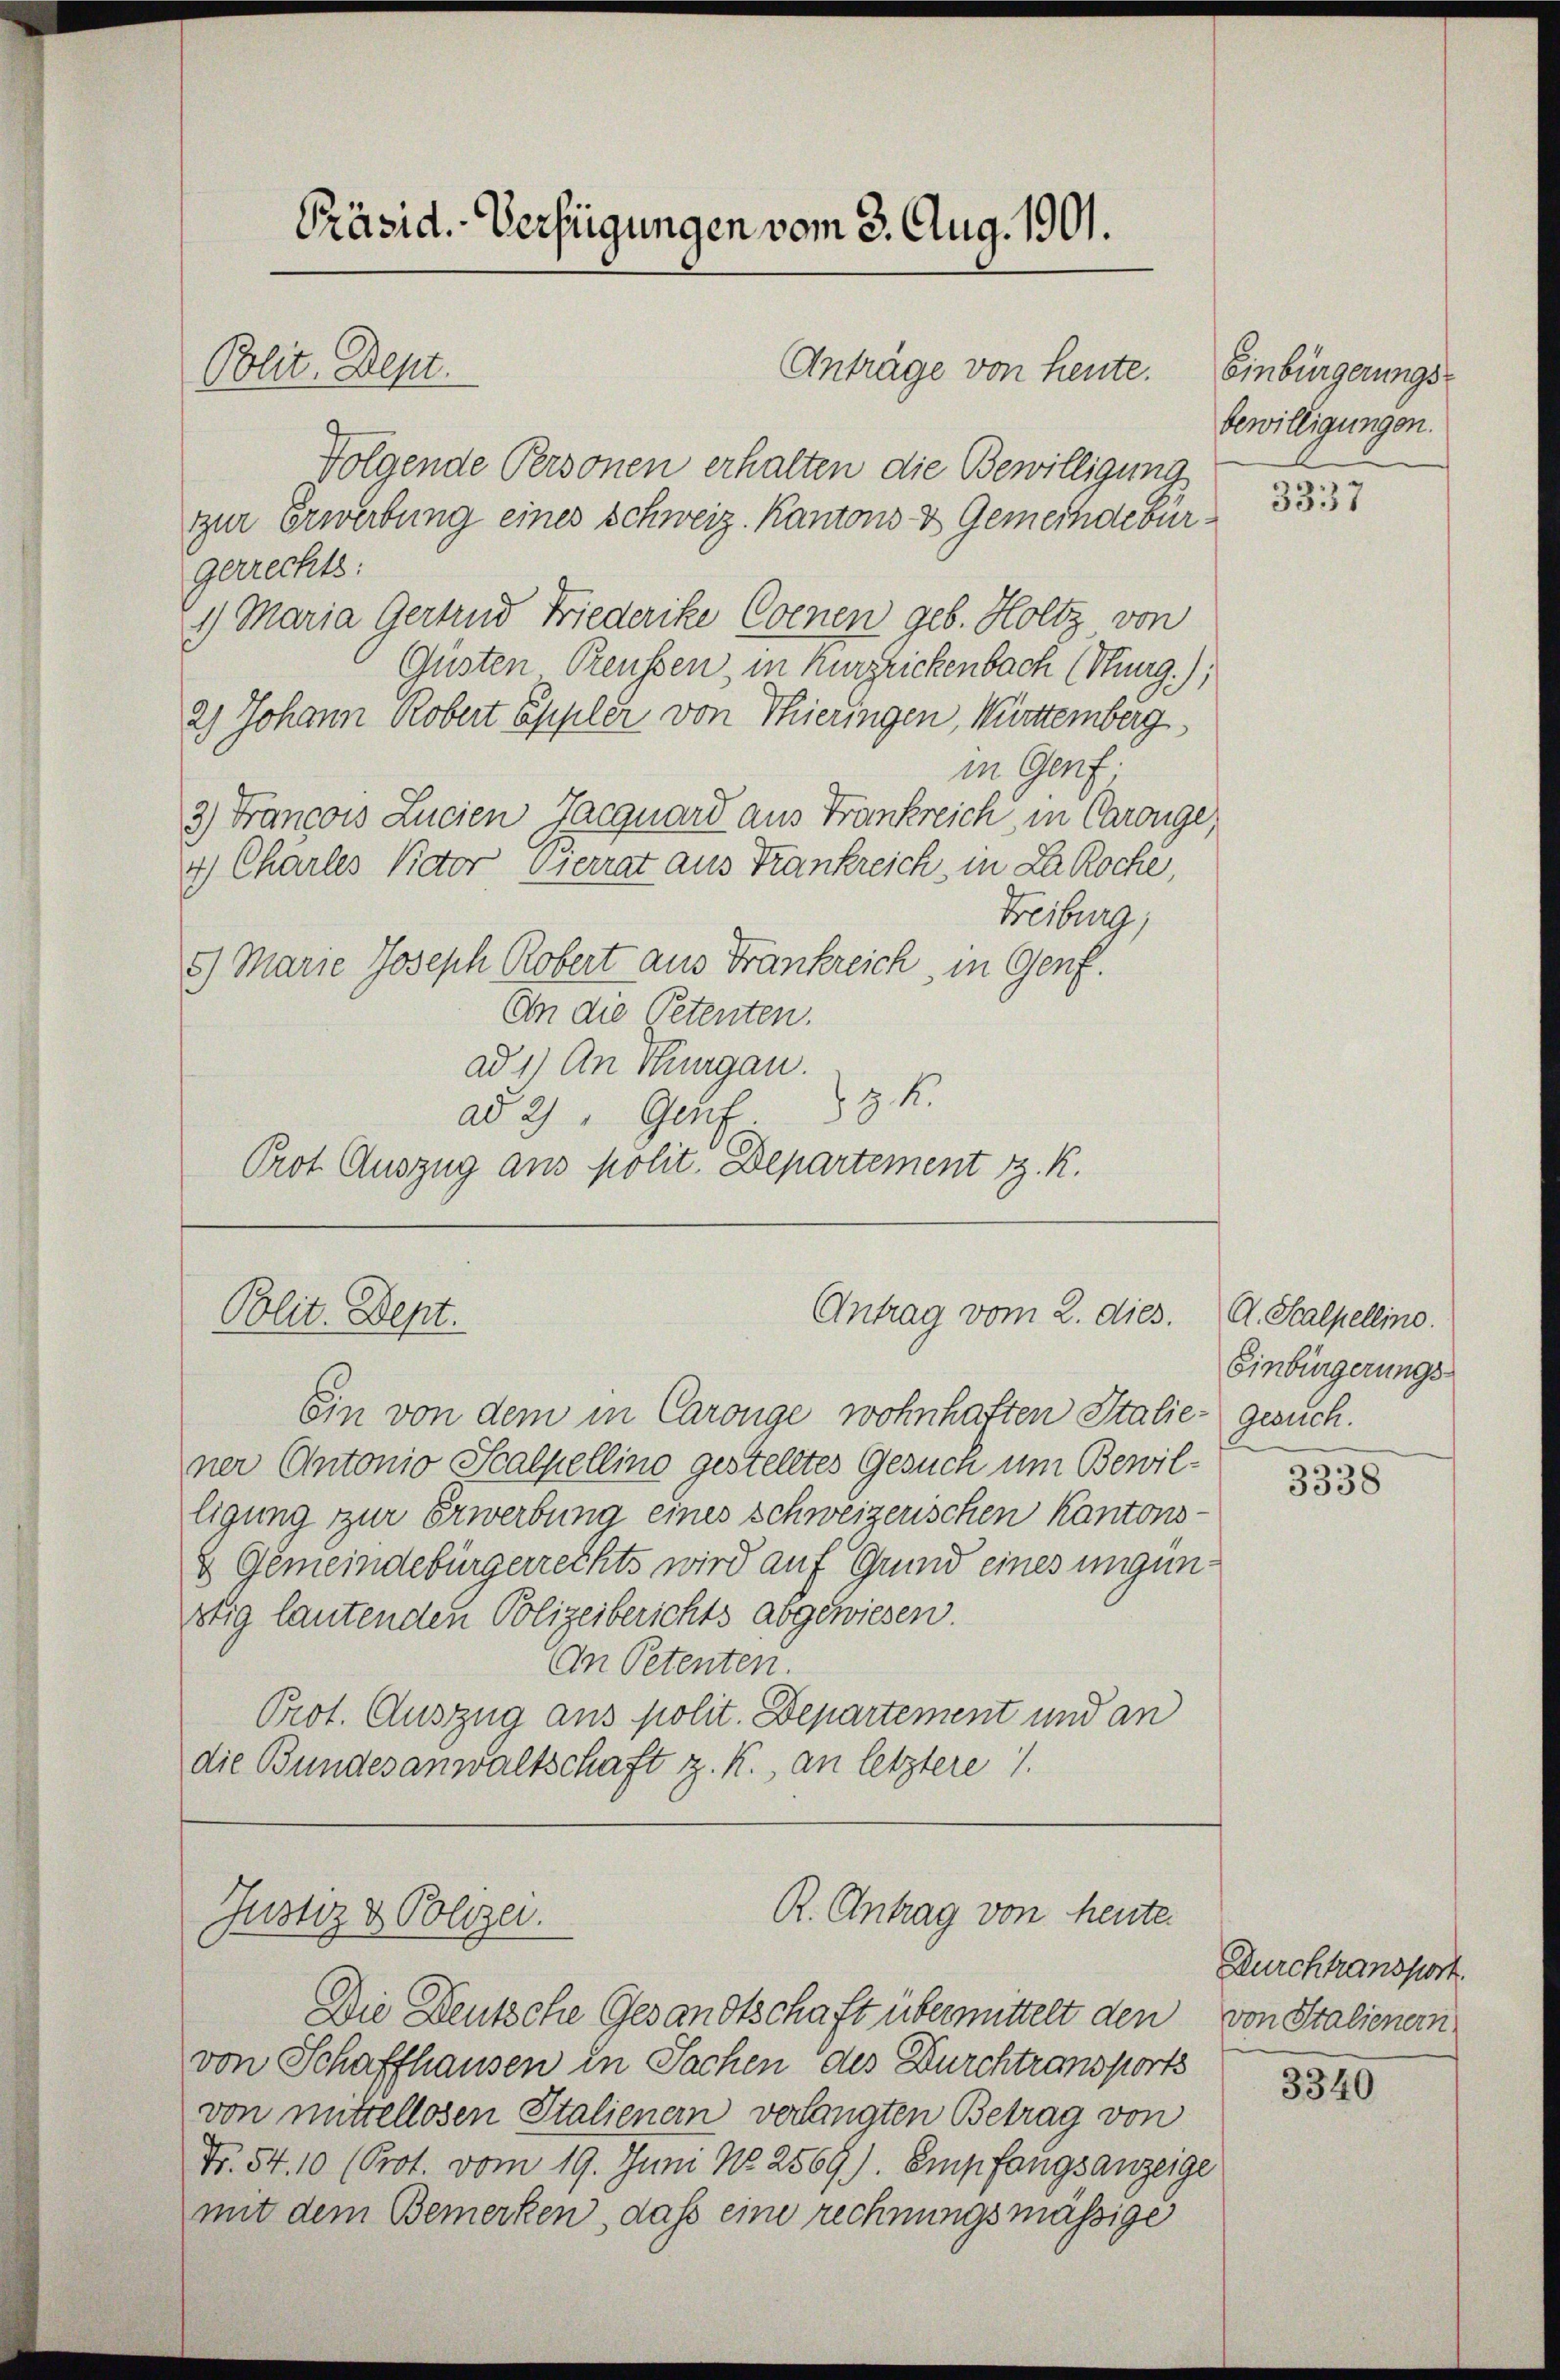
Präsid. Verfügungen vom 3. Aug. 1901.
Anträge von heute.
Polit. Dept.

Polit. Dept.

Justiz & Polizer.

Folgende Personen erhalten die Bewilligung
zur Erwerbung eines Schweiz. Kantons & Gemeindebürgerrechts:
21) Maria Gertend Friederike Cornen geb. Holtz von
Güsten. Preussen, in Kurzrickenbach (Sung),
2) Johann Robert Appler von Thieringen, Württemberg
in Genf.
3) Francois Lucien Jacquard aus Frankreich, in Carouge,
4) Charles Victor Pierrat aus Trankreich, in La Roche,
Freiburg,
5.) Marie Joseph Robert aus Frankreich, in Genf.
An die Petenten.
ad 1) An Thurgau.
3. k.
ad 2) " Genf.
Prot. Auszug aus polit. Departement z. R.

Antrag vom 2. dies.

R. Antrag von heute.

Ein von dem in Caronge wohnhaften Italie- gesuch.
ner Antonio Scalpellino gestelltes Gesuch um Bewilligung zur Erwerbung eines Schweizerischen Kantons-
& Gemeindebürgerrechts wird auf Grund eines ungünstig lautenden Polizeiberichts abgewiesen.
Cn Petenten.
Prot. Auszug aus polit. Departement und an
die Bundesanwaltschaft z. K., an letztere

Die Deutsche Gesandtschaft übermittelt den
von Schaffhausen in Sachen des Durchtransport
von mittellosen Stalienern verlangten Betrag von
Fr. 54. 10 (Prot. vom 19. Juni No 2569). Empfangsanzeige
mit dem Bemerken, dass eine rechnungsmässige

Einbürgerungs-
bewilligungen.

3337

A. Scalpellino.
Einbürgerungs-

3338

Durchtransport.
von Stalienern

3340